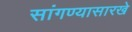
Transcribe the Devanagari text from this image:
सांगण्यासारखे